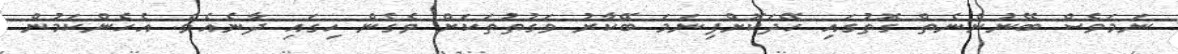
ނަމަވެސް ބޭނުންނެތް ގޮތުގައި ހޭދަކޮށްފިނަމަ ބޭކާރު ވަގުތުތަކަށް ވެގެން ހިގައި ދާނެއެވެ. އެހެންކަމުން